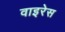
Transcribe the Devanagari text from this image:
वाइरेस